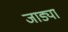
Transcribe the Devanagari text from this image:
जाड्या